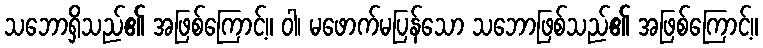
သဘောရှိသည်၏ အဖြစ်ကြောင့်။ ဝါ၊ မဖောက်မပြန်သော သဘောဖြစ်သည်၏ အဖြစ်ကြောင့်။